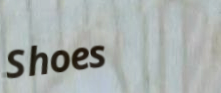
Shoes